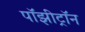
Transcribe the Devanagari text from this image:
पॉझीट्रॉन